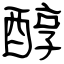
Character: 醇